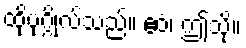
ထိုပုဂ္ဂိုလ်သည်။ ဧဝံ၊ ဤသို့။